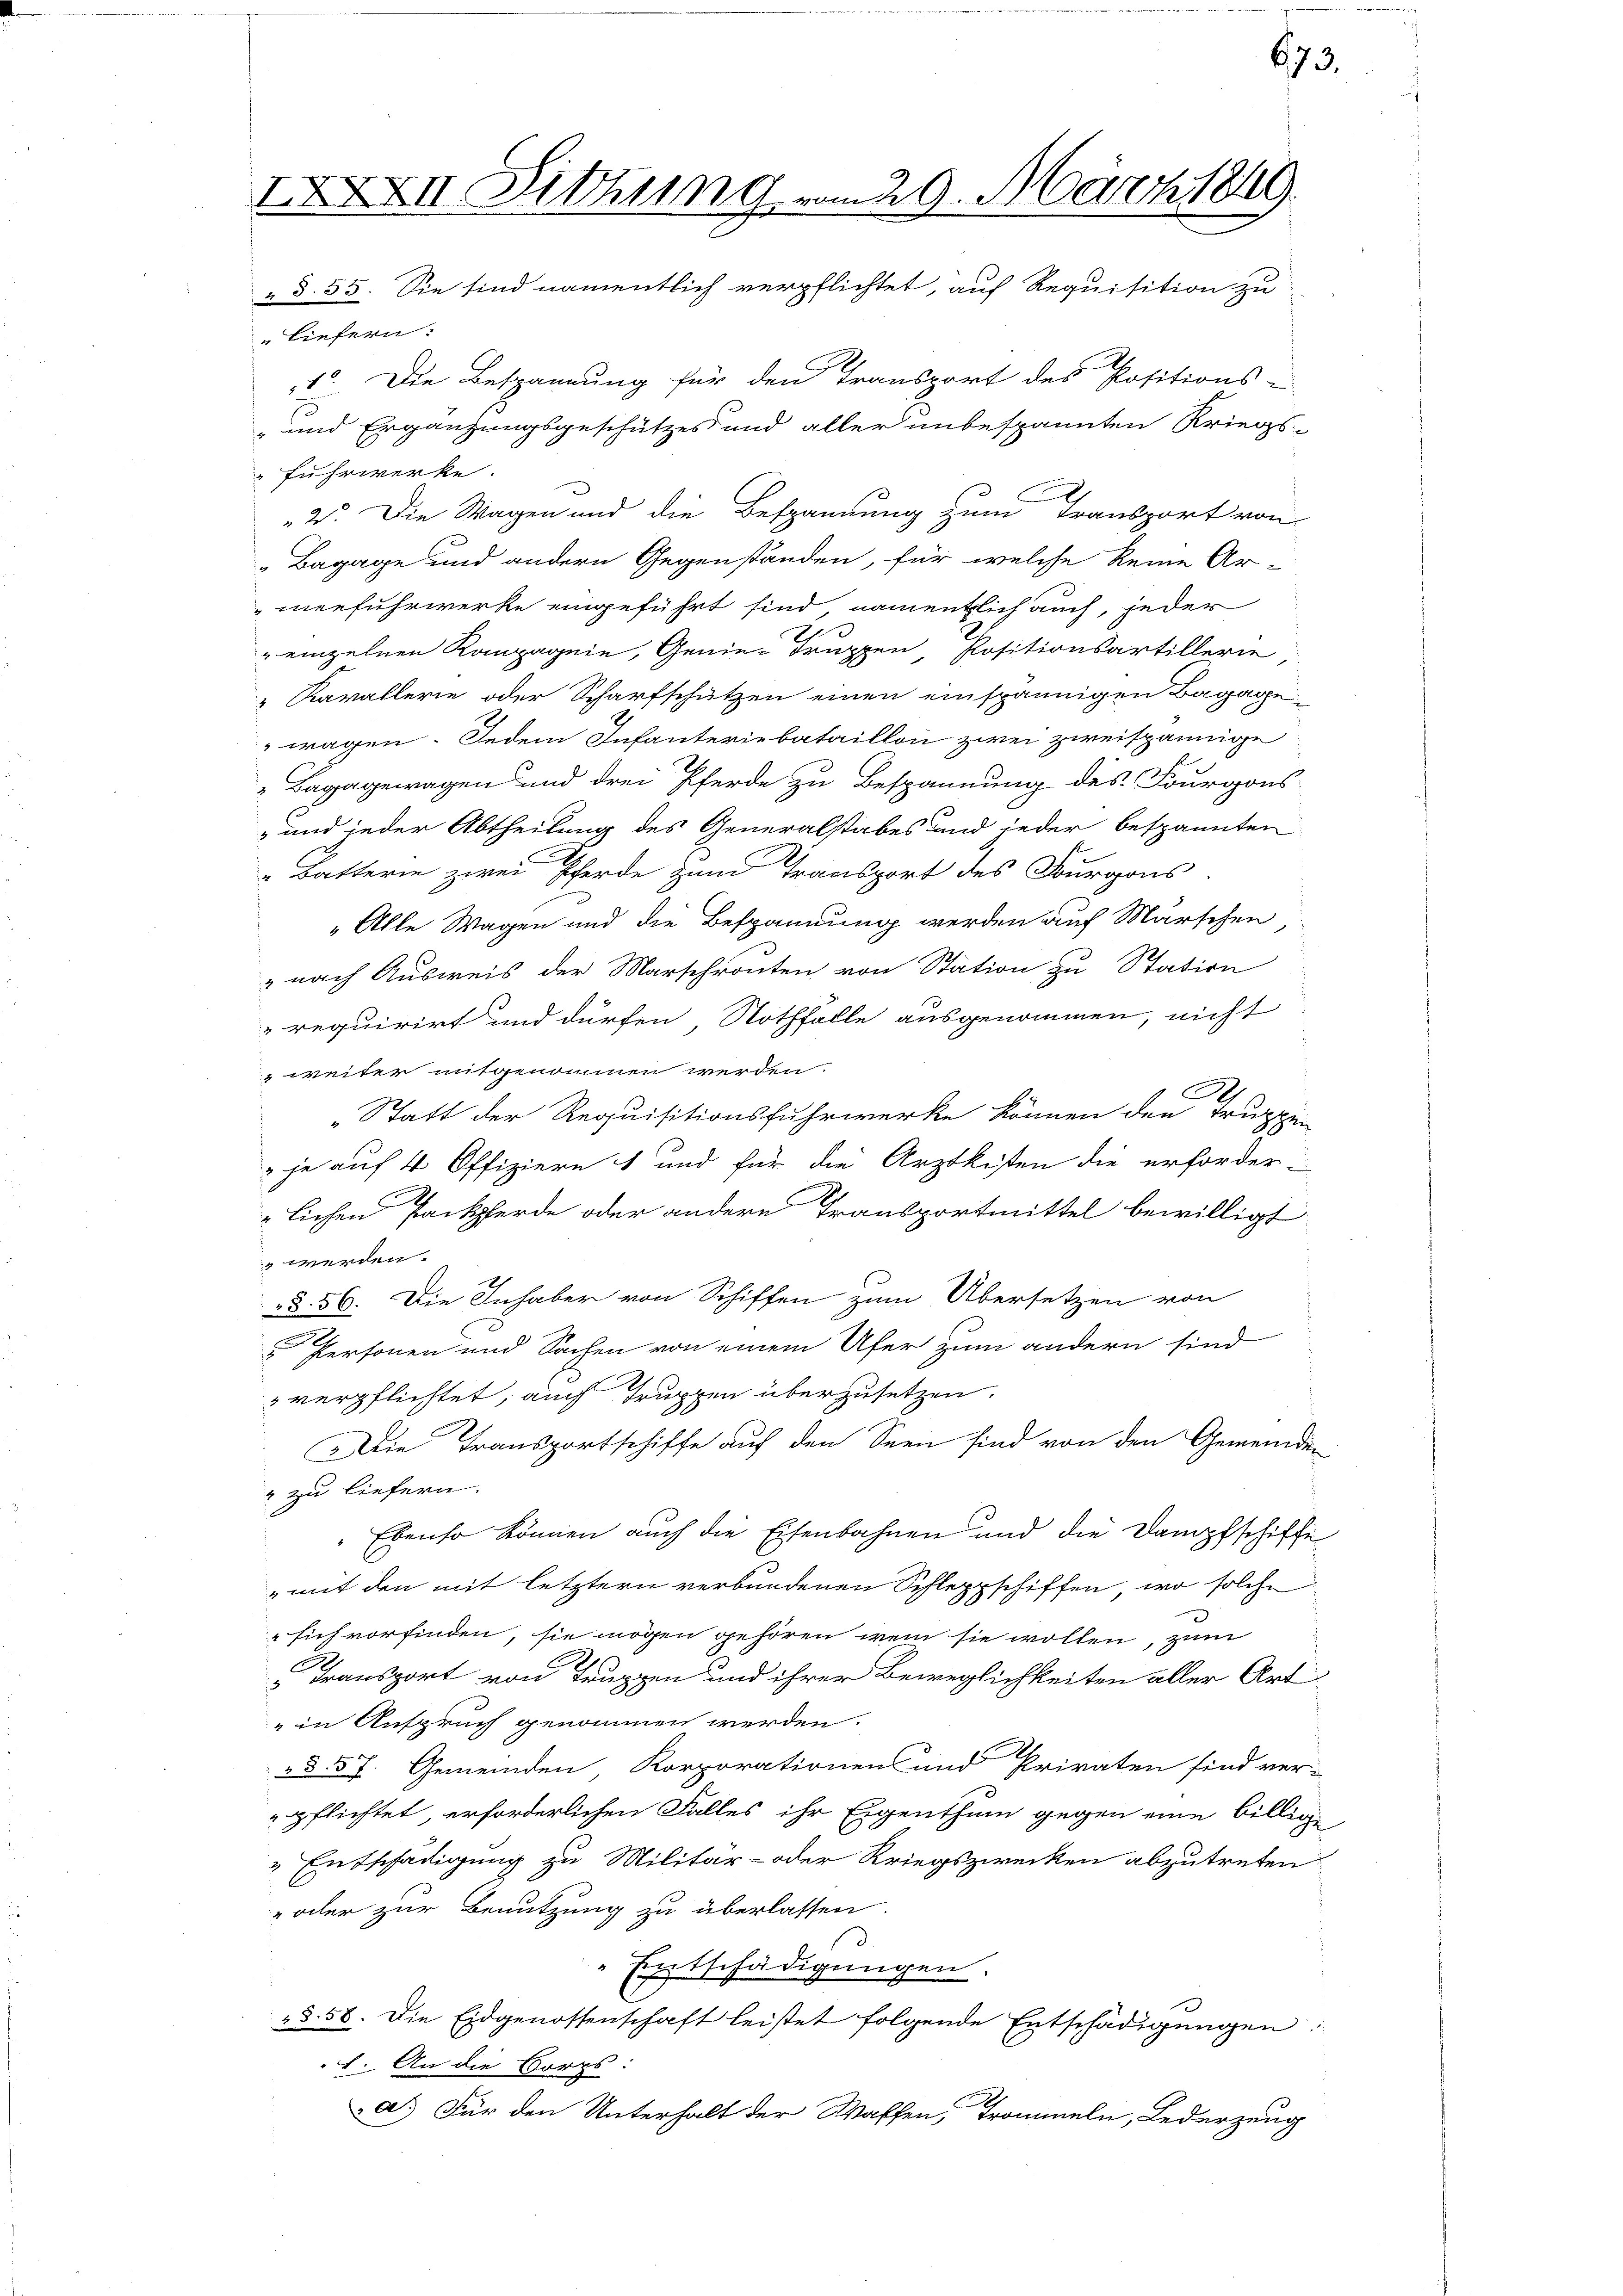
IXXXVII. Littung vom 29. März 1849
" d. 55. Sie sind namentlich verpflichtet, auf Requisition zu

673.

Liefern.
1. Die Bespannung für den Transport des Positions-
und Ergänzungsgeschützes und aller unbespannten Kriegs-
Fuhrwerke.
2. Die Wagen und die Bespannung zum Transport von
Bagage und andern Gegenständen, für welche keine Ar-
meefuhrwerke eingeführt sind, namentlich auch, jeder
" einzelnen Kompagnie, Genie-Truppen Positionsartillerie
Kavallerie oder Scharfschützen einen einspännigen Bagagewagen. Jedem Infanteriebataillon zwei zweispännige
Bagagewagen und drei Pferde zu Bespannung des Fourgons
und jeder Abtheilung des Generalstabes und jeder bespannten
Batterie zwei Pferde zum Transport des Burgous
„Alle Wagen und die Bespannung werden auf Marschen
" nach Ausweis der Marschrouten von Station zu Station
requirirt und dürfen Nothfälle ausgenommen, nicht
weiter mitgenommen werden.
C
„Statt der Requisitionsfuhrwerke können den Truppen
je auf 4 Offiziere 1 und für die Arztkisten die erforder-
lichen Packpferde oder andere Transportmittel bewilligt
" werden.
§. 56. Die Inhaber von Schiffen zum Übersetzen von
.
e
 Personen und Sachen von einem Ufer zum andern sind
verpflichtet; auch Truppen überzusetzen.
Die Transportschiffe auf den Seen sind von den Gemeinden
 zu liefern.
Ebenso können auch die Eisenbahnen und die Dampfschiffe
mit den mit letztern verbundenen Schleppschiffen, wo solche
sich vorfinden, sie mögen gehören, wenn sie wollen, zum
Transport von Truppen und ihrer Beweglichkeiten aller Art
" in Anspruch genommen werden.
§ 57. Gemeinden, Korporationens und Privaten sind ver-
pflichtet, erforderlichen Falles ihr Eigenthum gegen eine billige
 Entschädigung zu Militär- oder Kriegszwecken abzutreten.
" oder zur Benutzung zu überlassen
Entschädigungen.
3. 58. Die Eidgenossenschaft leistet folgende Entschädigungen:
1. An die Korps:
a.) Für den Unterhalt der Waffen, Trommeln, Lederzeug